Report of the Indian Hemp Drugs Commission, 1894-1895 - Volume IV
Year: 1894
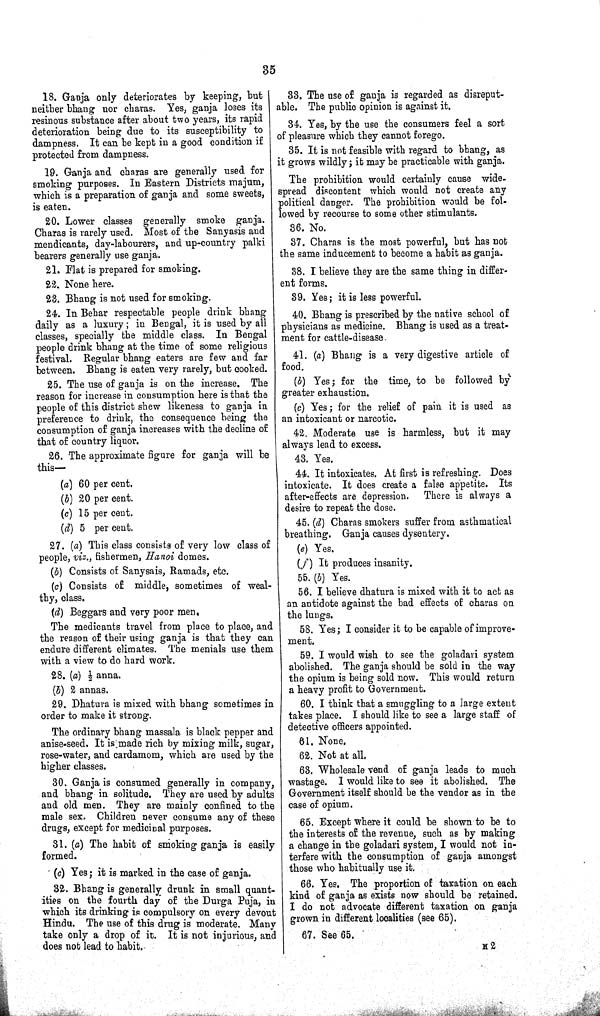
35
18. Ganja only deteriorates by keeping, but
neither bhang nor charas. Yes, ganja loses its
resinous substance after about two years, its rapid
deterioration being due to its susceptibility to
dampness. It can be kept in a good condition if
protected from dampness.
19. Ganja and charas are generally used for
smoking purposes. In Eastern Districts majum,
which is a preparation of ganja and some sweets,
is eaten.
20. Lower classes generally smoke ganja.
Charas is rarely used. Most of the Sanyasis and
mendicants, day-labourers, and up-country palki
bearers generally use ganja.
21. Flat is prepared for smoking.
22. None here.
23. Bhang is not used for smoking.
24. In Behar respectable people drink bhang
daily as a luxury; in Bengal, it is used by all
classes, specially the middle class. In Bengal
people drink bhang at the time of some religious
festival. Regular bhang eaters are few and far
between. Bhang is eaten very rarely, but cooked.
25. The use of ganja is on the increase. The
reason for increase in consumption here is that the
people of this district shew likeness to ganja in
preference to drink, the consequence being the
consumption of ganja increases with the decline of
that of country liquor.
26. The approximate figure for ganja will be
this—
(a) 60 per cent.
(b) 20 per cent.
(c) 15 per cent.
(d) 5 per cent.
27. (a) This class consists of very low class of
people, viz., fishermen, Hanoi domes.
(b) Consists of Sanysais, Ramads, etc.
(c) Consists of middle, sometimes of weal-
thy, class.
(d) Beggars and very poor men.
The medicants travel from place to place, and
the reason of their using ganja is that they can
endure different climates. The menials use them
with a view to do hard work.
28. (a) 1/2 anna.
(b) 2 annas.
29. Dhatura is mixed with bhang sometimes in
order to make it strong.
The ordinary bhang massala is black pepper and
anise-seed. It is made rich by mixing milk, sugar,
rose-water, and cardamom, which are used by the
higher classes.
30. Ganja is consumed generally in company,
and bhang in solitude. They are used by adults
and old men. They are mainly confined to the
male sex. Children never consume any of these
drugs, except for medicinal purposes.
31. (a) The habit of smoking ganja is easily
formed.
(c) Yes; it is marked in the case of ganja.
32. Bhang is generally drunk in small quant-
ities on the fourth day of the Durga Puja, in
which its drinking is compulsory on every devout
Hindu. The use of this drug is moderate. Many
take only a drop of it. It is not injurious, and
does not lead to habit.
33. The use of ganja is regarded as disreput-
able. The public opinion is against it.
34. Yes, by the use the consumers feel a sort
of pleasure which they cannot forego.
35. It is not feasible with regard to bhang, as
it grows wildly; it may be practicable with ganja.
The prohibition would certainly cause wide-
spread discontent which would not create any
political danger. The prohibition would be fol-
lowed by recourse to some other stimulants.
36. No.
37. Charas is the most powerful, but has not
the same inducement to become a habit as ganja.
38. I believe they are the same thing in differ-
ent forms.
39. Yes; it is less powerful.
40. Bhang is prescribed by the native school of
physicians as medicine. Bhang is used as a treat-
ment for cattle-disease.
41. (a) Bhang is a very digestive article of
food.
(b) Yes; for the time, to be followed by
greater exhaustion.
(c) Yes; for the relief of pain it is used as
an intoxicant or narcotic.
42. Moderate use is harmless, but it may
always lead to excess.
43. Yes.
44. It intoxicates. At first is refreshing. Does
intoxicate. It does create a false appetite. Its
after-effects are depression. There is always a
desire to repeat the dose.
45. (d) Charas smokers suffer from asthmatical
breathing. Ganja causes dysentery.
(e) Yes.
(f) It produces insanity.
55. (b) Yes.
56. I believe dhatura is mixed with it to act as
an antidote against the bad effects of charas on
the lungs.
58. Yes; I consider it to be capable of improve-
ment.
59. I would wish to see the goladari system
abolished. The ganja should be sold in the way
the opium is being sold now. This would return
a heavy profit to Government.
60. I think that a smuggling to a large extent
takes place. I should like to see a large staff of
detective officers appointed.
61. None.
62. Not at all.
63. Wholesale vend of ganja leads to much
wastage. I would like to see it abolished. The
Government itself should be the vendor as in the
case of opium.
65. Except where it could be shown to be to
the interests of the revenue, such as by making
a change in the goladari system, I would not in-
terfere with the consumption of ganja amongst
those who habitually use it.
66. Yes. The proportion of taxation on each
kind of ganja as exists now should be retained.
I do not advocate different taxation on ganja
grown in different localities (see 65).
67. See 65.
H 2